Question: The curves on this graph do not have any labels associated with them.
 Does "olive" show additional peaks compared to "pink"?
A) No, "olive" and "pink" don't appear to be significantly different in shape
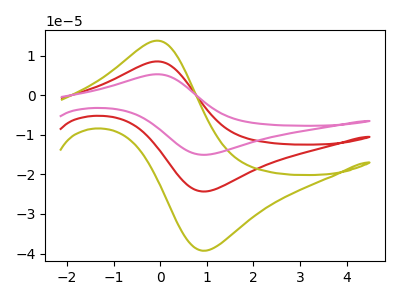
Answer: <think>The red curve "red" has an anodic peak at (-0.05V, 8.50uA) and a cathodic peak at (1.00V, -24.30uA). The olive curve "olive" has an anodic peak at (-0.05V, 13.75uA) and a cathodic peak at (1.00V, -39.25uA). The pink curve "pink" has an anodic peak at (-0.05V, 17.05uA) and a cathodic peak at (1.00V, -48.60uA).
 All the peaks in "olive" have a peak in "pink" at the same potential. Every peak in "olive" is lower than every peak in "pink".</think>
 <answer>A) No, "olive" and "pink" don't appear to be significantly different in shape</answer>
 <eval>A</eval>